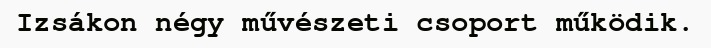
Izsákon négy művészeti csoport működik.